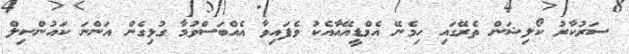
ސަރުކާރު ކޯލިޝަން ތެރޭގައި ހިމެނޭ އެމްޑީއޭއާއެކު ވެފައިވާ އެއްބަސްވުމާ ގުޅިގެން އަންނަ ކައުންސިލް